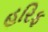
હરિફ